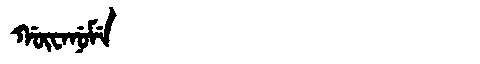
Manchu: ᡤᡡᠸᠠᠨᡠᠮᡝ
Romanization: GŪWANUME